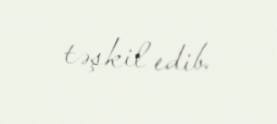
təşkil edib.